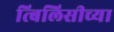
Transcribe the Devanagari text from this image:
त्बिलिसीच्या